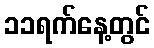
၁၁ရက်နေ့တွင်